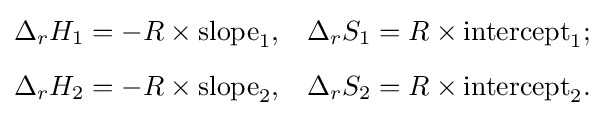
{\begin{aligned}\Delta _{r}H_{1}&=-R\times {\text{slope}}_{1},&\Delta _{r}S_{1}&=R\times {\text{intercept}}_{1};\\[5pt]\Delta _{r}H_{2}&=-R\times {\text{slope}}_{2},&\Delta _{r}S_{2}&=R\times {\text{intercept}}_{2}.\end{aligned}}